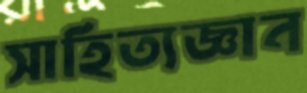
সাহিত্যজ্ঞান